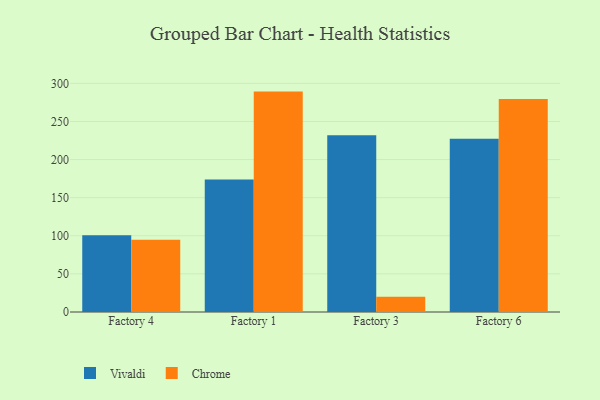
{"axis": {"x": "Factory", "y": "Headcount"}, "legend": ["Chrome", "Vivaldi"], "data": [{"x": "Factory 4", "y": 100.6, "type": "Vivaldi"}, {"x": "Factory 4", "y": 94.9, "type": "Chrome"}, {"x": "Factory 1", "y": 174.0, "type": "Vivaldi"}, {"x": "Factory 1", "y": 289.2, "type": "Chrome"}, {"x": "Factory 3", "y": 231.9, "type": "Vivaldi"}, {"x": "Factory 3", "y": 20.1, "type": "Chrome"}, {"x": "Factory 6", "y": 227.2, "type": "Vivaldi"}, {"x": "Factory 6", "y": 279.4, "type": "Chrome"}]}